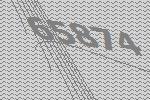
65874